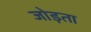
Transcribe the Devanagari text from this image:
जोड़ता